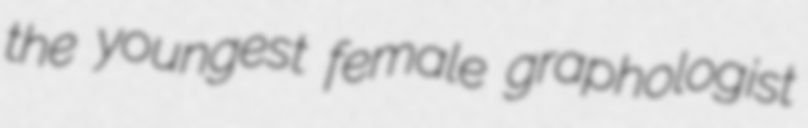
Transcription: the youngest female graphologist